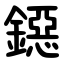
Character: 鐚